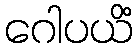
ဂေါပယိံ